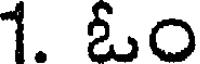
1. ఓం